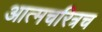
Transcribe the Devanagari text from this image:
आत्मचरित्रच